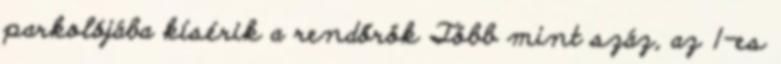
parkolójába kísérik a rendőrök Több mint száz, az 1-es